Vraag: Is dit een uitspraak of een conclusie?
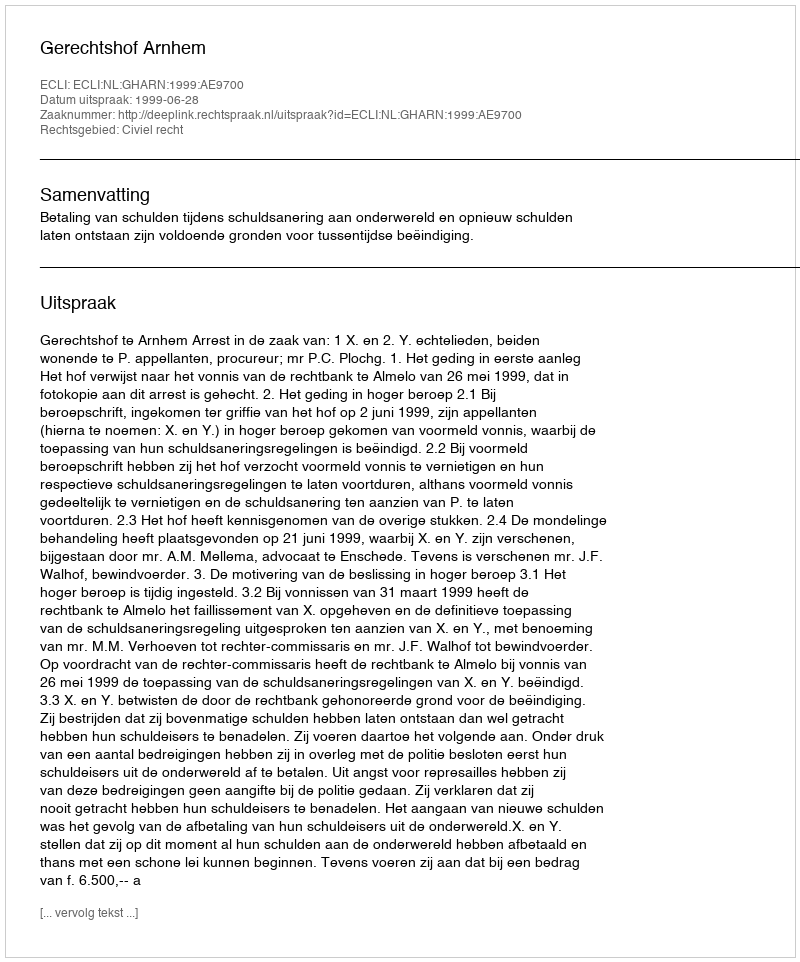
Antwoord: Uitspraak